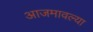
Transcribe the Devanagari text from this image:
आजमावल्या